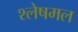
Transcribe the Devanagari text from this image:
श्लेषमल